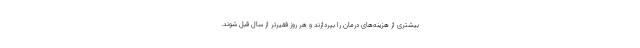
بیشتری از هزینه‌های درمان را بپردازند و هر روز فقیرتر از سال قبل شوند.